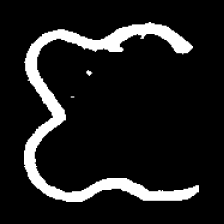
Pyu character \u2014 Myanmar letter: ဇ (romanized: ja)